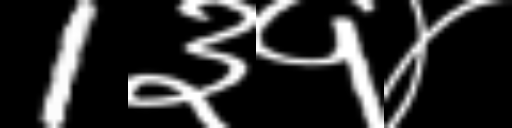
Text: 1३१४